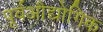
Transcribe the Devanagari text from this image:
पूर्वऔद्योगिक